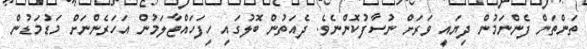
ތަންތަން ފެންނަމުން ދިޔައީ ވަރަށް ނުސާފުކޮންނެވެ. ދެއަތުން ބޮލުގައި ހިފަހައްޓާލަމުން އަހަރެންނަށް މަޑުމަޑުން